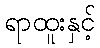
ရာထူးနှင့်